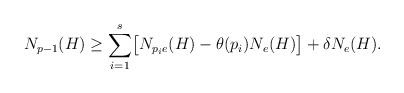
\begin{align*} N_{p-1}(H) \geq \sum_{i=1}^s \bigl[ N_{p_ie}(H)-\theta(p_i)N_e(H) \bigr] + \delta N_e(H). \end{align*}